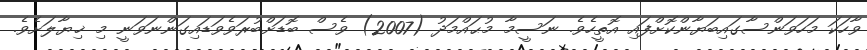
ވާހަކަ މަހަވަންސާގައިބަޔާންކޮށްފައި އޮތީހެވެ. ނަސީމާ މުޙައްމަދު (2007) ވެސް ބޮޑަށްބުރަވެވަޑައިގަންނަވަނީ މި ޚިޔާލަށެވެ.